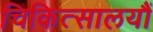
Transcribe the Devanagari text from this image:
चिकित्सालयौं